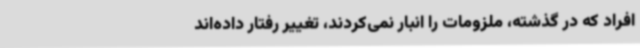
افراد که در گذشته، ملزومات را انبار نمی‌کردند، تغییر رفتار داده‌اند